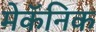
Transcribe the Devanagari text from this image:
मेकॅनिक